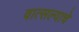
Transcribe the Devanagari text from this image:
वात्सल्याचे